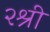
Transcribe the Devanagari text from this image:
२श्री